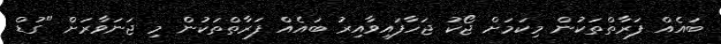
ބައެއް ފަރާތްތަކުން މިކަމަށް ޖޯކު ޖަހާފައިވާއިރު ބައެއް ފަރާތްތަކުން މި ޖަނަވާރަށް "ގުޑް